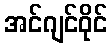
အင်ဂျင်ဝိုင်